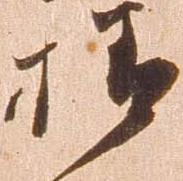
様